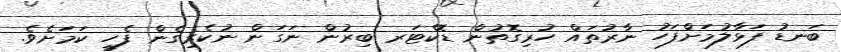
ބަނޑު ފަޅާލުމަށްފަހު ނާރުތައް ހުރިގޮތުން ޑޮކްޓަރ ބިރުން ނަގަން ނުކެރިގެން ފެހީ ކަމަށެވެ.